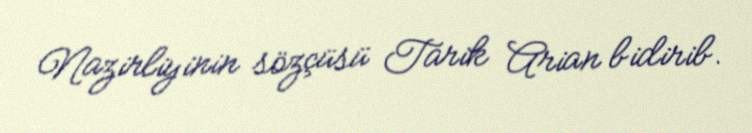
Nazirliyinin sözçüsü Tarik Arian bidirib.